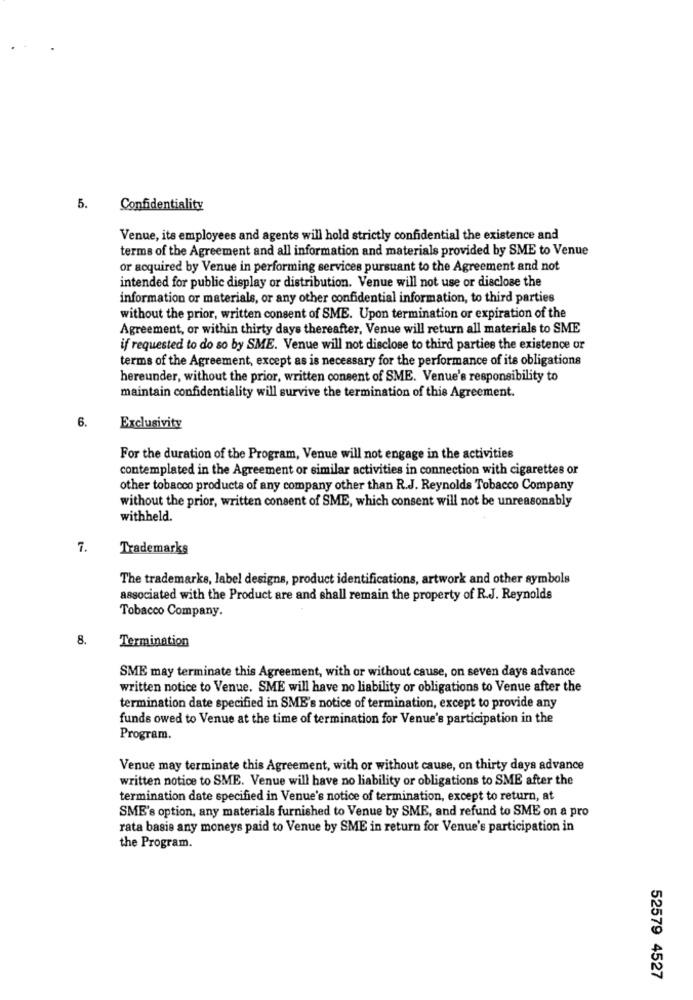
5.
Confidentiality
Venue, its employees and agents will hold strictly confidential the existence and
terms of the Agreement and all information and materials provided by SME to Venue
or acquired by Venue in performing services pursuant to the Agreement and not
intended for public display or distribution. Venue will not use or disclose the
information or materials, or any other confidential information, to third parties
without the prior, written consent of SME. Upon termination or expiration of the
Agreement, or within thirty days thereafter, Venue will return all materials to SME
if requested to do so by SME. Venue will not disclose to third parties the existence or
terms of the Agreement, except as is necessary for the performance of its obligations
hereunder, without the prior, written consent of SME. Venue's responsibility to
maintain confidentiality will survive the termination of this Agreement.
6.
Exclusivity
For the duration of the Program, Venue will not engage in the activities
contemplated in the Agreement or similar activities in connection with cigarettes or
other tobacco products of any company other than R.J. Reynolds Tobacco Company
without the prior, written consent of SME, which consent will not be unreasonably
withheld.
7.
Trademarks
The trademarks, label designs, product identifications, artwork and other symbols
associated with the Product are and shall remain the property of R.J. Reynolds
Tobacco Company.
8.
Termination
SME may terminate this Agreement, with or without cause, on seven days advance
written notice to Venue. SME will have no liability or obligations to Venue after the
termination date specified in SME's notice of termination, except to provide any
funds owed to Venue at the time of termination for Venue's participation in the
Program.
Venue may terminate this Agreement, with or without cause, on thirty days advance
written notice to SME. Venue will have no liability or obligations to SME after the
termination date specified in Venue's notice of termination, except to return, at
SME's option, any materials furnished to Venue by SME, and refund to SME on a pro
rata basis any moneys paid to Venue by SME in return for Venue's participation in
the Program.
52579 4527